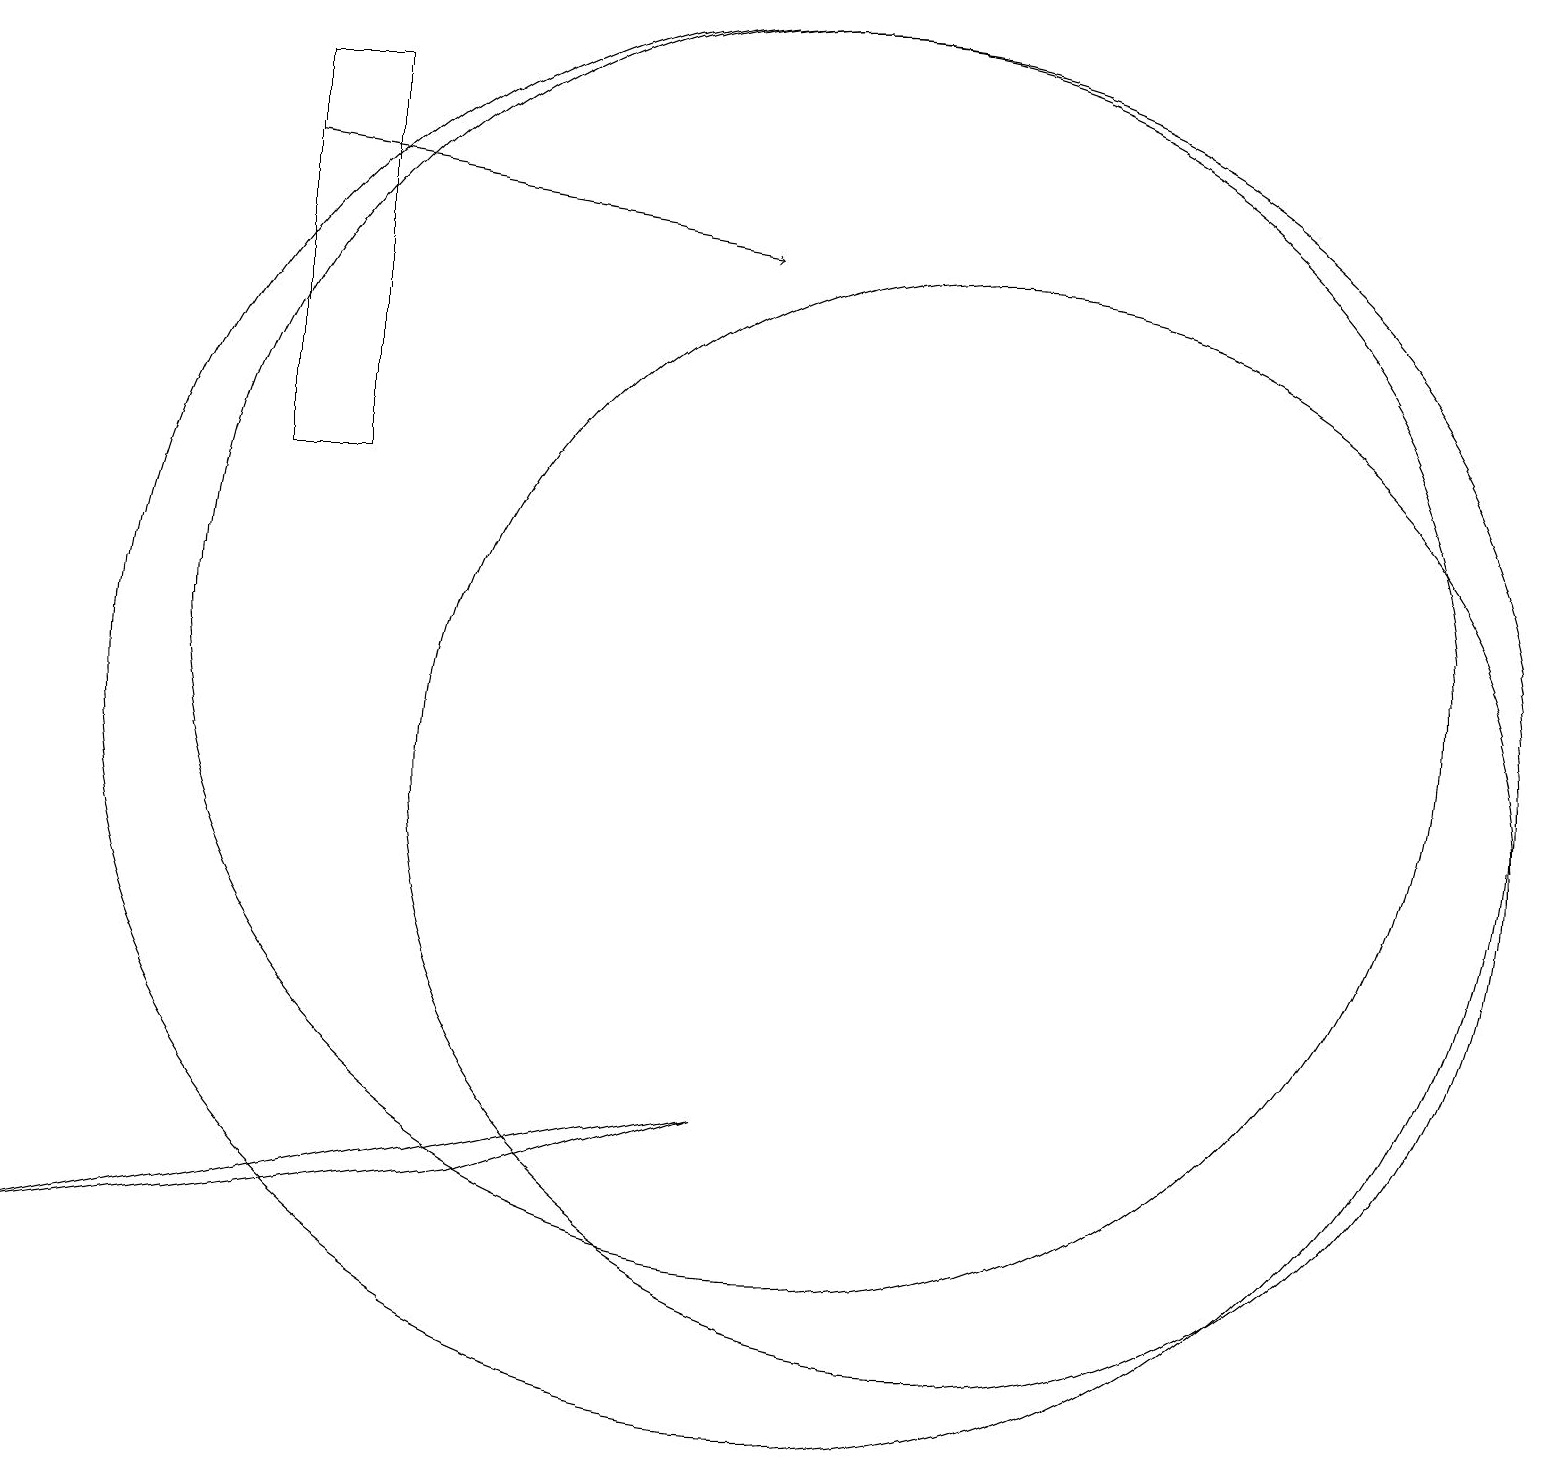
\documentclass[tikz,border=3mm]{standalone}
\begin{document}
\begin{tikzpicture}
\draw[->] (3,18) -- (9,17);
\draw (10,12) circle (8);
\draw (6,5) -- (9,6) -- (0,4) -- cycle;
\draw (12,10) circle (7);
\draw (10,11) circle (9);
\draw (3,14) rectangle (4,19);
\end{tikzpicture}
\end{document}